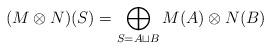
LaTeX: \begin{align*} (M \otimes N)(S) = \bigoplus_{S=A \sqcup B} M(A) \otimes N(B)\end{align*}